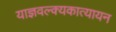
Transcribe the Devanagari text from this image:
याज्ञवल्क्यकात्यायन